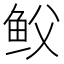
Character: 𩽻